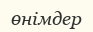
өнімдер